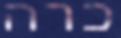
כרה